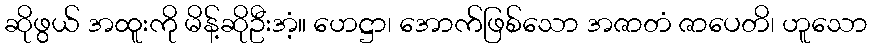
ဆိုဖွယ် အထူးကို မိန့်ဆိုဦးအံ့။ ဟေဋ္ဌာ၊ အောက်ဖြစ်သော အဇာတံ ဇာပေတိ၊ ဟူသော